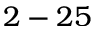
2 - 2 5